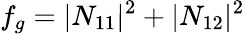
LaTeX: f_{g}=\vert N_{11}\vert^{2}+\vert N_{12}\vert^{2}